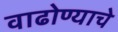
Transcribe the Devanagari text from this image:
वाढोण्याचे